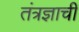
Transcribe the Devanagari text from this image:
तंत्रज्ञाची